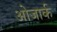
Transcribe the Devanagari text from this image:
ओजार्क